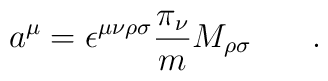
a^{\mu} = \epsilon^{\mu\nu\rho\sigma} \frac{\pi_{\nu}}{m} M_{\rho\sigma}\hspace{.3in}.